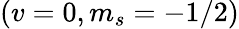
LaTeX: (v=0,m_{s}=-1/2)